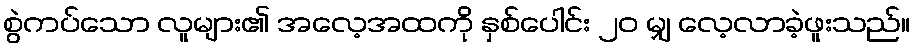
စွဲကပ်သော လူများ၏ အလေ့အထကို နှစ်ပေါင်း ၂၀ မျှ လေ့လာခဲ့ဖူးသည်။